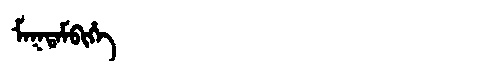
Manchu: ᠮᠠᡴᡨᠠᠮᠪᡳᡥᡝ
Romanization: MAKTAMBIHE